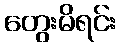
တွေးမိရင်း